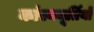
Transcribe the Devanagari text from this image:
कांस्यमूर्तियों